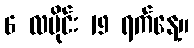
6 လပိုင်း 19 ရက်နေ့။